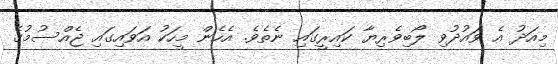
މިއަދު އެ ވައުދުވި ލޯބިވެރިޔާ ކައިރީގައި ނެތެވެ. އެހެން މީހަކު އަވައިގައި ޖެއްސުމުގެ